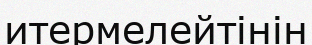
итермелейтінін